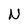
Character: N